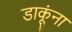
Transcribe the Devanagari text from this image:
डाकूंना